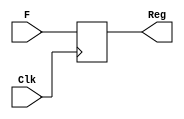
module DFF(Clk, F, Reg);
  parameter size = 4;
  input [size-1:0] F;
  input Clk;
  output reg [size-1:0] Reg;
  
  always @(posedge Clk)
    begin
      Reg <= F;
    end
endmodule